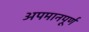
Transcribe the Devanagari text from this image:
अपमानपूर्ण